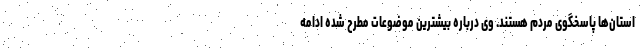
استان‌ها پاسخگوی مردم هستند. وی درباره بیشترین موضوعات مطرح شده ادامه